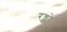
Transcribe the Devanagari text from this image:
रङ्को